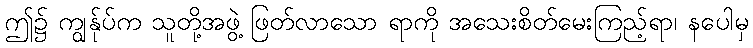
ဤ၌ ကျွန်ုပ်က သူတို့အဖွဲ့ ဖြတ်လာသော ရာကို အသေးစိတ်မေးကြည့်ရာ၊ နပေါမှ